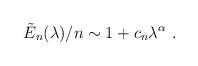
LaTeX: \begin{align*}\tilde{E}_n(\lambda)/n \sim 1 + c_n \lambda^{\alpha} \ .\end{align*}